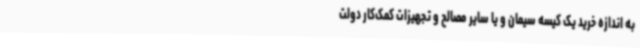
به اندازه خرید یک کیسه سیمان و یا سایر مصالح و تجهیزات کمک‌کار دولت